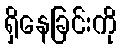
ရှိနေခြင်းကို